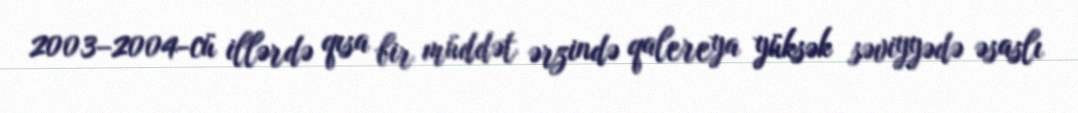
2003–2004-cü illərdə qısa bir müddət ərzində qalereya yüksək səviyyədə əsaslı